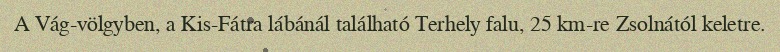
A Vág-völgyben, a Kis-Fátra lábánál található Terhely falu, 25 km-re Zsolnától keletre.